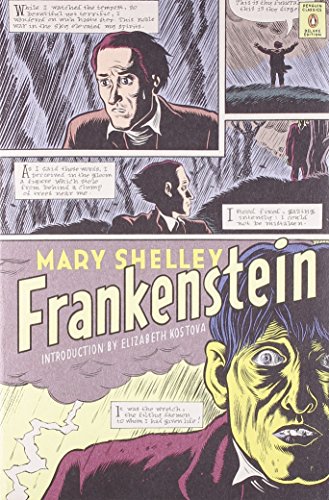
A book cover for Frankenstein: (Penguin Classics Deluxe Edition); Mary Shelley; Literature & Fiction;